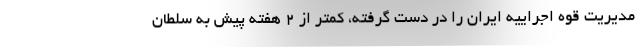
مدیریت قوه اجراییه ایران را در دست گرفته، کمتر از 2 هفته پیش به سلطان